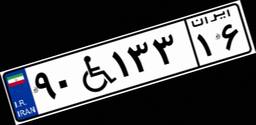
۲۷W۸۵۳۴۵